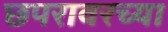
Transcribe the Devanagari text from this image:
छपरावरच्या